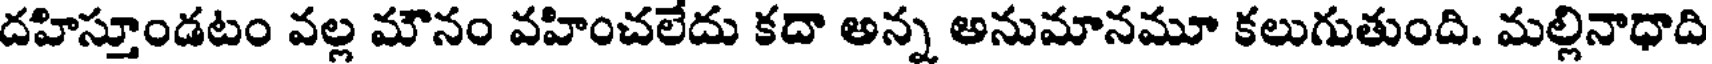
దహిస్తూండటం వల్ల మౌనం వహించలేదు కదా అన్న అనుమానమూ కలుగుతుంది. మల్లినాధాది